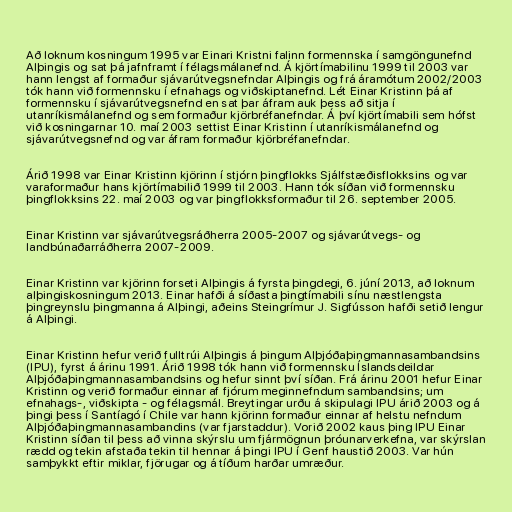
Að loknum kosningum 1995 var Einari Kristni falinn formennska í samgöngunefnd
Alþingis og sat þá jafnframt í félagsmálanefnd. Á kjörtímabilinu 1999 til 2003 var
hann lengst af formaður sjávarútvegsnefndar Alþingis og frá áramótum 2002/2003
tók hann við formennsku í efnahags og viðskiptanefnd. Lét Einar Kristinn þá af
formennsku í sjávarútvegsnefnd en sat þar áfram auk þess að sitja í
utanríkismálanefnd og sem formaður kjörbréfanefndar. Á því kjörtímabili sem hófst
við kosningarnar 10. maí 2003 settist Einar Kristinn í utanríkismálanefnd og
sjávarútvegsnefnd og var áfram formaður kjörbréfanefndar.

Árið 1998 var Einar Kristinn kjörinn í stjórn þingflokks Sjálfstæðisflokksins og var
varaformaður hans kjörtímabilið 1999 til 2003. Hann tók síðan við formennsku
þingflokksins 22. maí 2003 og var þingflokksformaður til 26. september 2005.

Einar Kristinn var sjávarútvegsráðherra 2005-2007 og sjávarútvegs- og
landbúnaðarráðherra 2007-2009.

Einar Kristinn var kjörinn forseti Alþingis á fyrsta þingdegi, 6. júní 2013, að loknum
alþingiskosningum 2013. Einar hafði á síðasta þingtímabili sínu næstlengsta
þingreynslu þingmanna á Alþingi, aðeins Steingrímur J. Sigfússon hafði setið lengur
á Alþingi.

Einar Kristinn hefur verið fulltrúi Alþingis á þingum Alþjóðaþingmannasambandsins
(IPU), fyrst á árinu 1991. Árið 1998 tók hann við formennsku Íslandsdeildar
Alþjóðaþingmannasambandsins og hefur sinnt því síðan. Frá árinu 2001 hefur Einar
Kristinn og verið formaður einnar af fjórum meginnefndum sambandsins; um
efnahags-, viðskipta - og félagsmál. Breytingar urðu á skipulagi IPU árið 2003 og á
þingi þess í Santíagó í Chile var hann kjörinn formaður einnar af helstu nefndum
Alþjóðaþingmannasambandins (var fjarstaddur). Vorið 2002 kaus þing IPU Einar
Kristinn síðan til þess að vinna skýrslu um fjármögnun þróunarverkefna, var skýrslan
rædd og tekin afstaða tekin til hennar á þingi IPU í Genf haustið 2003. Var hún
samþykkt eftir miklar, fjörugar og á tíðum harðar umræður.